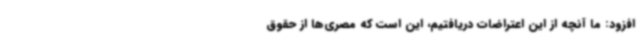
افزود: ما آنچه از این اعتراضات دریافتیم، این است که مصری‌ها از حقوق